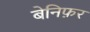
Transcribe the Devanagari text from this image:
बेनिफ़र